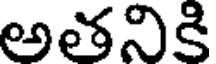
అతనికి